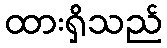
ထားရှိသည်